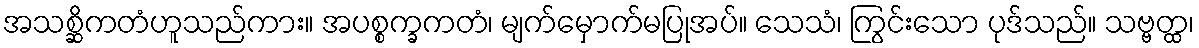
အသစ္ဆိကတံဟူသည်ကား။ အပစ္စက္ခကတံ၊ မျက်မှောက်မပြုအပ်။ သေသံ၊ ကြွင်းသော ပုဒ်သည်။ သဗ္ဗတ္ထ၊